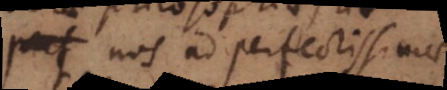
nos ad perfectissimae